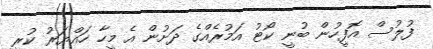
ފުލުސް އޮފީހުން ބުނީ ކޯޓު އަމުރެއްގެ ދަށުން އެ މީހާ ހައްޔަރު ކުރީ